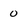
Character: 0